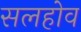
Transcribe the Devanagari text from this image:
सलहोव